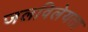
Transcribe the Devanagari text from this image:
जलविलेयता